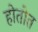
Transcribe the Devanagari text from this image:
होतोत